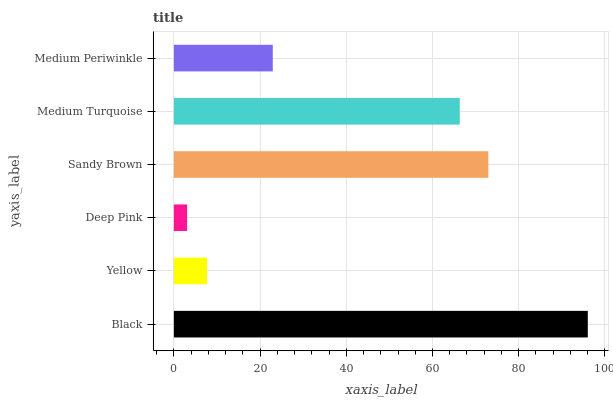
| yaxis_label | bars |
 | --- | --- |
 | Black | 96 |
 | Yellow | 7.7 |
 | Deep Pink | 3.08 |
 | Sandy Brown | 73 |
 | Medium Turquoise | 66.3 |
 | Medium Periwinkle | 22.9 |